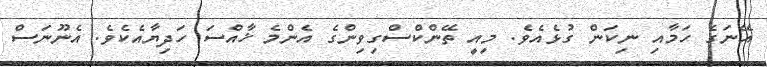
އޭނަގެ ހަމާއި ނިކަން ގުޅެއެވެ. މިއީ ތޭންކްސްގިވިންގެ އެންމެ ޚާއްސަ ހަދިޔާއެކެވެ. އެނޫނަސް